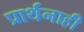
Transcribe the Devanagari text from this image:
प्रार्थनाही